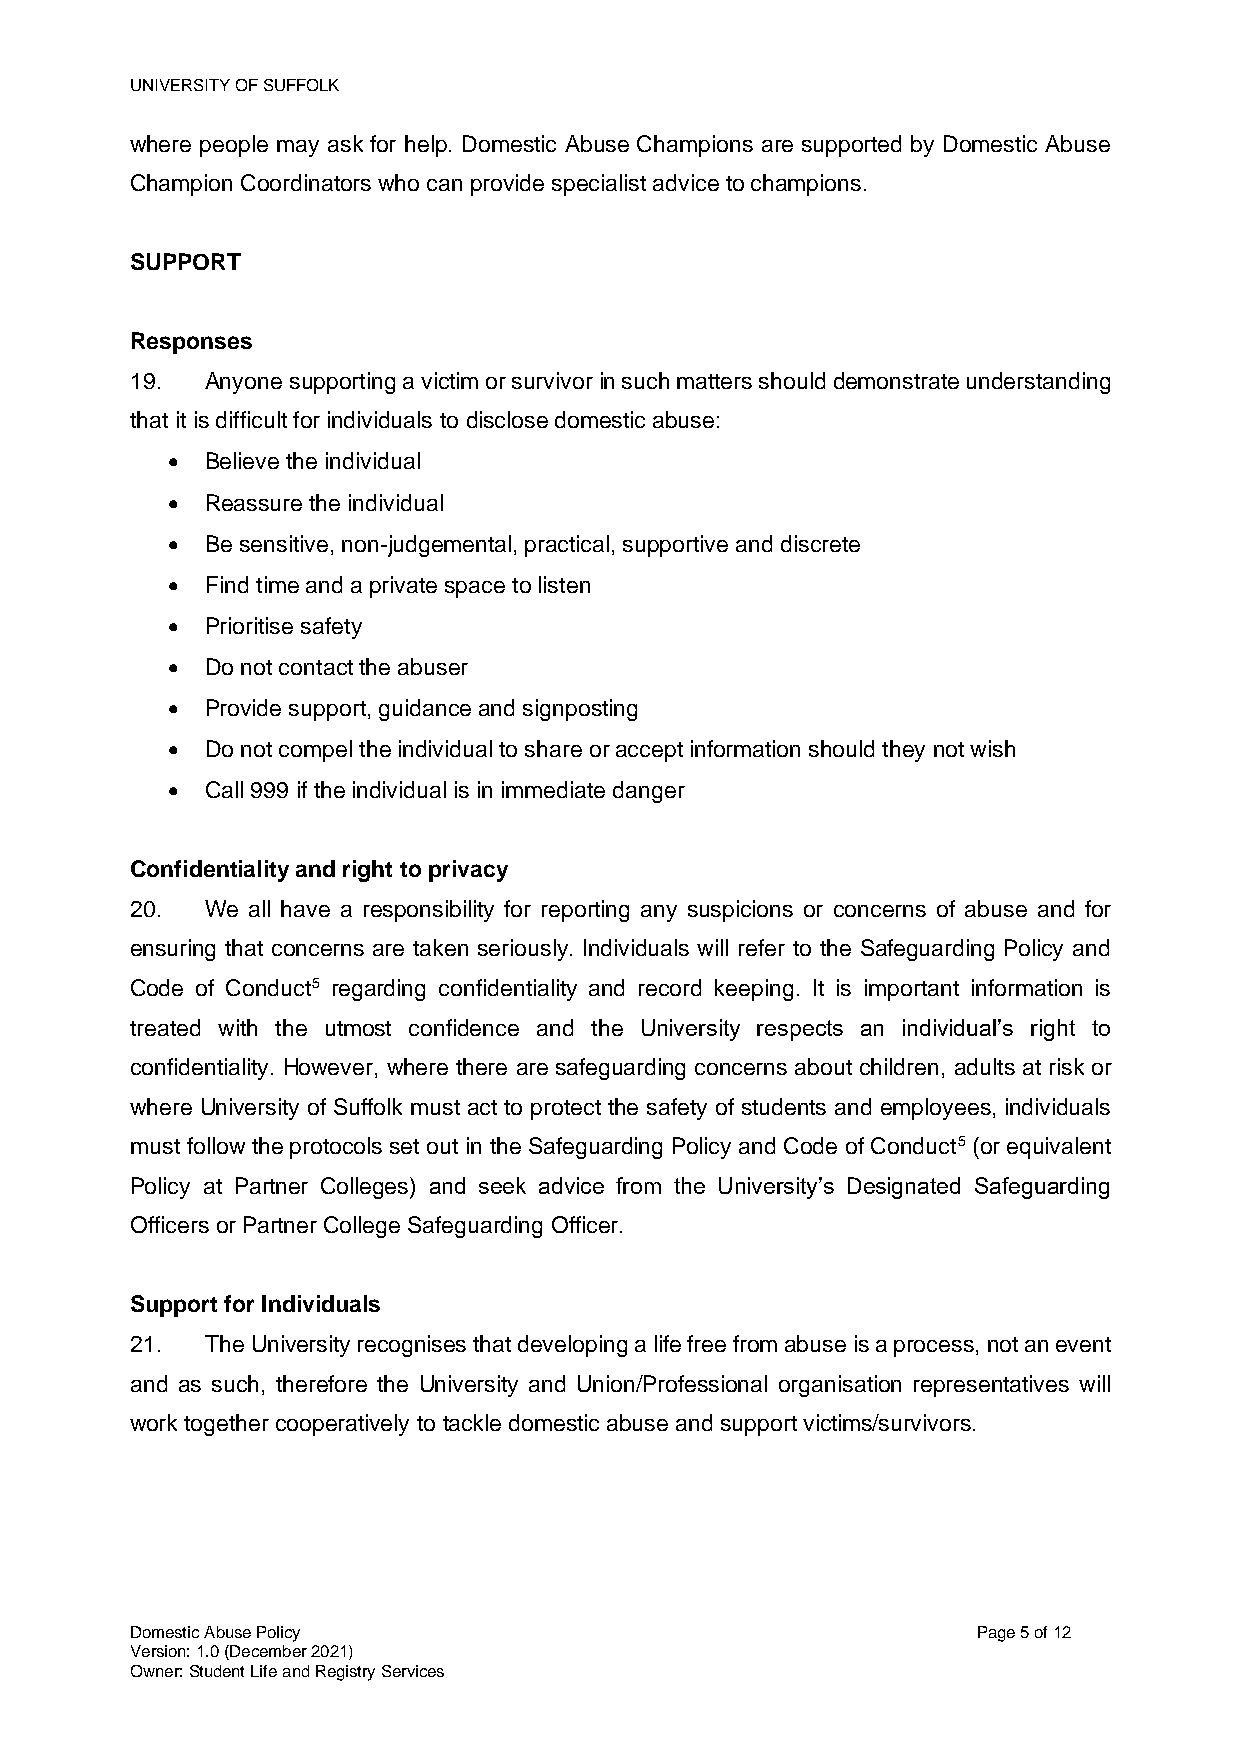
UNIVERSITY OF SUFFOLK
 where people may ask for help. Domestic Abuse Champions are supported by Domestic Abuse
 Champion Coordinators who can provide specialist advice to champions.
 SUPPORT
 Responses
 19.  Anyone supporting a victim or survivor in such matters should demonstrate understanding
 that it is difficult for individuals to disclose domestic abuse:
 •  Believe the individual
 •  Reassure the individual
 •  Be sensitive, non-judgemental, practical, supportive and discrete
 •  Find time and a private space to listen
 •  Prioritise safety
 •  Do not contact the abuser
 •  Provide support, guidance and signposting
 •  Do not compel the individual to share or accept information should they not wish
 •  Call 999 if the individual is in immediate danger
 Confidentiality and right to privacy
 20.  We all have a responsibility for reporting any suspicions or concerns of abuse and for
 ensuring that concerns are taken seriously. Individuals will refer to the Safeguarding Policy and
 Code of Conduct5 regarding confidentiality and record keeping. It is important information is
 treated with the utmost confidence and the University respects an individual’s right to
 confidentiality. However, where there are safeguarding concerns about children, adults at risk or
 where University of Suffolk must act to protect the safety of students and employees, individuals
 must follow the protocols set out in the Safeguarding Policy and Code of Conduct5 (or equivalent
 Policy at Partner Colleges) and seek advice from the University’s Designated Safeguarding
 Officers or Partner College Safeguarding Officer.
 Support for Individuals
 21.  The University recognises that developing a life free from abuse is a process, not an event
 and as such, therefore the University and Union/Professional organisation representatives will
 work together cooperatively to tackle domestic abuse and support victims/survivors.
 Domestic Abuse Policy                                   Page 5 of 12
 Version: 1.0 (December 2021)
 Owner: Student Life and Registry Services